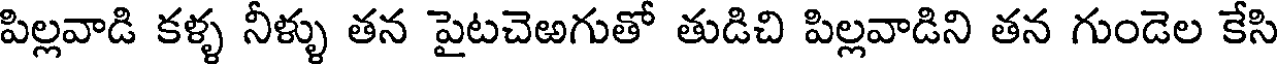
పిల్లవాడి కళ్ళ నీళ్ళు తన పైటచెఱగుతో తుడిచి పిల్లవాడిని తన గుండెల కేసి